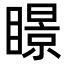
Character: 𥋓